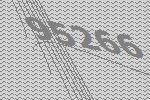
95266